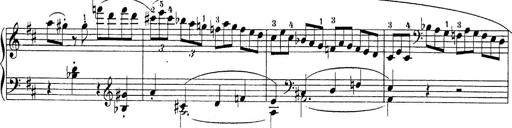
Title: Sonatina Album
Composer: Louis KÃ¶hler